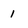
Character: 1